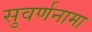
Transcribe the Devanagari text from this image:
सुवर्णनामा